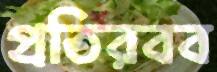
প্রতিরবব